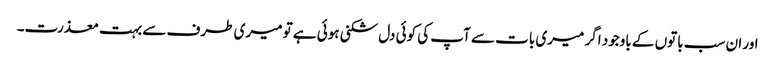
اور ان سب باتوں کے باوجود اگر میری بات سے آپ کی کوئی دل شکنی ہوئی ہے تو میری طرف سے بہت معذرت۔